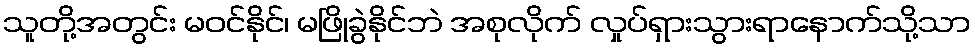
သူတို့အတွင်း မဝင်နိုင်၊ မဖြိုခွဲနိုင်ဘဲ အစုလိုက် လှုပ်ရှားသွားရာနောက်သို့သာ